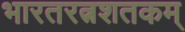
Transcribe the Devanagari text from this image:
भारतरत्नशतकम्